Leningradi_Edasi_toimetus, lk 51
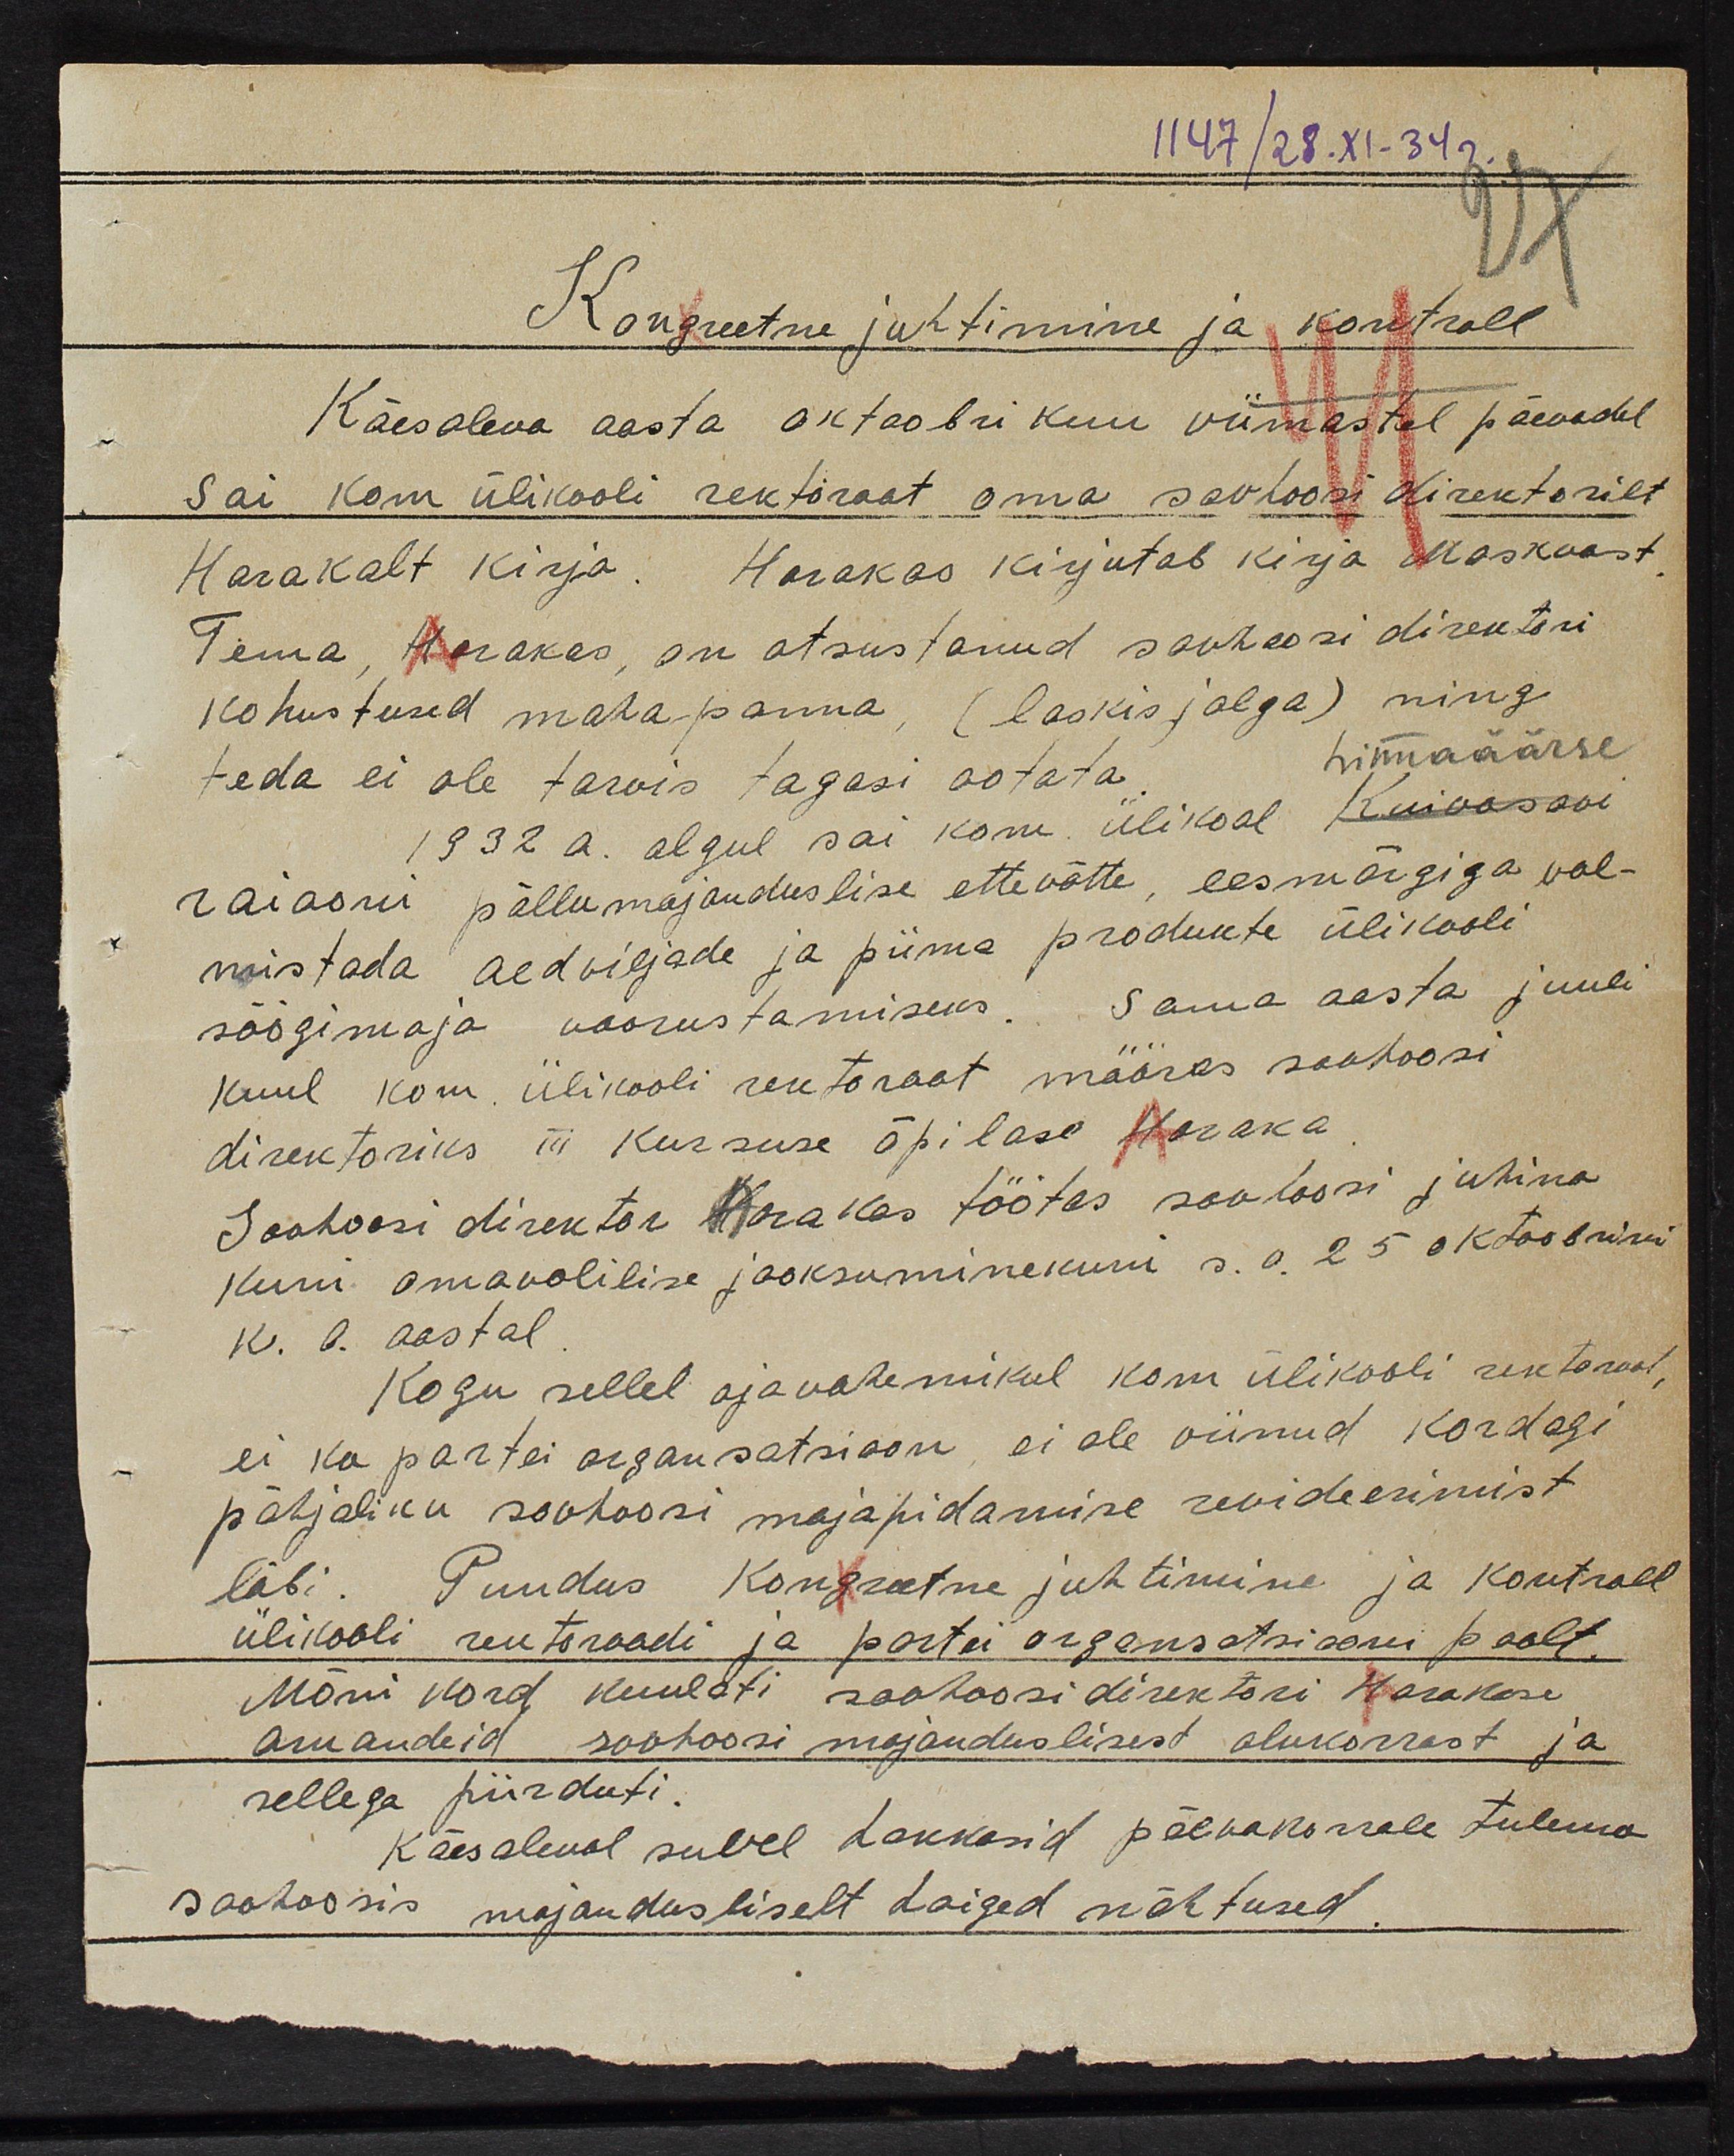
1147/28.XI-34
Kongreetne juhtimine ja kontroll
Käesoleva aasta oktoobrikuu viimastel päevadel
sai kom ülikooli rektoraat oma sovhoosi direktorilt
Harakalt kirja. Harakas kirjutab kirja Moskvast
Tema, Harakas, on otsustanud sovhoosi direktori
kohustused maha panna, (laskis jalga) ning
teda ei ole tarvis tagasi ootata.
hinnaäärse
1932 a. algul sai kom ülikool Kuivasooi
raiooni põllumajanduslise ettevõtte, eesmärgiga val-
mistada aedviljade ja piima produkte ülikooli
söögimaja voorustamiseks. Sama aasta juuli
kuul kom. ülikooli rektoraat määras sovhoosi
direktoriks III kursuse õpilase Haraka
Sovhoosi direktor Harakas töötas sovhoosi juhina
kuni omavolilise jooksuminekuni s.o. 25 oktoornini
k. l. aastal.
Kogu sellel ajavahemikul kom ülikooli rektoraat,
ei ka partei organisatsioon, ei ole viinud kordagi
põhjaliku sovhoosi majapidamise revideerimist
läbi. Puudus Kongreetne juhtimine ja kontroll
ülikooli rektoraadi ja partei organisatsiooni poolt.
Mõni kord kuulati sovhoosidirektori Harakase
aruandeid sovhoosi majanduslikest olukorrast ja
sellega piirduti.
Käesoleval suvel hakkasid päevakorrale tulema
sovhoosis majandusliselt haiged nähtused.